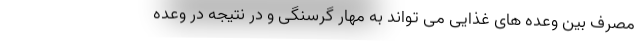
مصرف بین وعده های غذایی می تواند به مهار گرسنگی و در نتیجه در وعده